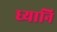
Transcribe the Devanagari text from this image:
ध्यानि